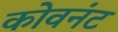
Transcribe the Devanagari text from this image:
कोवनंट